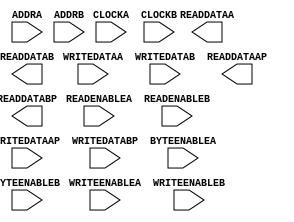
module TDP_BRAM36 (
    (* clkbuf_sink *)
    input CLOCKA,
    (* clkbuf_sink *)
    input CLOCKB,
    input READENABLEA,
    input READENABLEB,
    input [14:0] ADDRA,
    input [14:0] ADDRB,
    input [31:0] WRITEDATAA,
    input [31:0] WRITEDATAB,
    input [3:0] WRITEDATAAP,
    input [3:0] WRITEDATABP,
    input WRITEENABLEA,
    input WRITEENABLEB,
    input [3:0] BYTEENABLEA,
    input [3:0] BYTEENABLEB,
    //input [2:0] WRITEDATAWIDTHA,
    //input [2:0] WRITEDATAWIDTHB,
    //input [2:0] READDATAWIDTHA,
    //input [2:0] READDATAWIDTHB,
    output [31:0] READDATAA,
    output [31:0] READDATAB,
    output [3:0] READDATAAP,
    output [3:0] READDATABP
);
    parameter INITP_00 = 256'h0000000000000000000000000000000000000000000000000000000000000000;
    parameter INITP_01 = 256'h0000000000000000000000000000000000000000000000000000000000000000;
    parameter INITP_02 = 256'h0000000000000000000000000000000000000000000000000000000000000000;
    parameter INITP_03 = 256'h0000000000000000000000000000000000000000000000000000000000000000;
    parameter INITP_04 = 256'h0000000000000000000000000000000000000000000000000000000000000000;
    parameter INITP_05 = 256'h0000000000000000000000000000000000000000000000000000000000000000;
    parameter INITP_06 = 256'h0000000000000000000000000000000000000000000000000000000000000000;
    parameter INITP_07 = 256'h0000000000000000000000000000000000000000000000000000000000000000;
    parameter INITP_08 = 256'h0000000000000000000000000000000000000000000000000000000000000000;
    parameter INITP_09 = 256'h0000000000000000000000000000000000000000000000000000000000000000;
    parameter INITP_0A = 256'h0000000000000000000000000000000000000000000000000000000000000000;
    parameter INITP_0B = 256'h0000000000000000000000000000000000000000000000000000000000000000;
    parameter INITP_0C = 256'h0000000000000000000000000000000000000000000000000000000000000000;
    parameter INITP_0D = 256'h0000000000000000000000000000000000000000000000000000000000000000;
    parameter INITP_0E = 256'h0000000000000000000000000000000000000000000000000000000000000000;
    parameter INITP_0F = 256'h0000000000000000000000000000000000000000000000000000000000000000;
    parameter INIT_00 = 256'h0000000000000000000000000000000000000000000000000000000000000000;
    parameter INIT_01 = 256'h0000000000000000000000000000000000000000000000000000000000000000;
    parameter INIT_02 = 256'h0000000000000000000000000000000000000000000000000000000000000000;
    parameter INIT_03 = 256'h0000000000000000000000000000000000000000000000000000000000000000;
    parameter INIT_04 = 256'h0000000000000000000000000000000000000000000000000000000000000000;
    parameter INIT_05 = 256'h0000000000000000000000000000000000000000000000000000000000000000;
    parameter INIT_06 = 256'h0000000000000000000000000000000000000000000000000000000000000000;
    parameter INIT_07 = 256'h0000000000000000000000000000000000000000000000000000000000000000;
    parameter INIT_08 = 256'h0000000000000000000000000000000000000000000000000000000000000000;
    parameter INIT_09 = 256'h0000000000000000000000000000000000000000000000000000000000000000;
    parameter INIT_0A = 256'h0000000000000000000000000000000000000000000000000000000000000000;
    parameter INIT_0B = 256'h0000000000000000000000000000000000000000000000000000000000000000;
    parameter INIT_0C = 256'h0000000000000000000000000000000000000000000000000000000000000000;
    parameter INIT_0D = 256'h0000000000000000000000000000000000000000000000000000000000000000;
    parameter INIT_0E = 256'h0000000000000000000000000000000000000000000000000000000000000000;
    parameter INIT_0F = 256'h0000000000000000000000000000000000000000000000000000000000000000;
    parameter INIT_10 = 256'h0000000000000000000000000000000000000000000000000000000000000000;
    parameter INIT_11 = 256'h0000000000000000000000000000000000000000000000000000000000000000;
    parameter INIT_12 = 256'h0000000000000000000000000000000000000000000000000000000000000000;
    parameter INIT_13 = 256'h0000000000000000000000000000000000000000000000000000000000000000;
    parameter INIT_14 = 256'h0000000000000000000000000000000000000000000000000000000000000000;
    parameter INIT_15 = 256'h0000000000000000000000000000000000000000000000000000000000000000;
    parameter INIT_16 = 256'h0000000000000000000000000000000000000000000000000000000000000000;
    parameter INIT_17 = 256'h0000000000000000000000000000000000000000000000000000000000000000;
    parameter INIT_18 = 256'h0000000000000000000000000000000000000000000000000000000000000000;
    parameter INIT_19 = 256'h0000000000000000000000000000000000000000000000000000000000000000;
    parameter INIT_1A = 256'h0000000000000000000000000000000000000000000000000000000000000000;
    parameter INIT_1B = 256'h0000000000000000000000000000000000000000000000000000000000000000;
    parameter INIT_1C = 256'h0000000000000000000000000000000000000000000000000000000000000000;
    parameter INIT_1D = 256'h0000000000000000000000000000000000000000000000000000000000000000;
    parameter INIT_1E = 256'h0000000000000000000000000000000000000000000000000000000000000000;
    parameter INIT_1F = 256'h0000000000000000000000000000000000000000000000000000000000000000;
    parameter INIT_20 = 256'h0000000000000000000000000000000000000000000000000000000000000000;
    parameter INIT_21 = 256'h0000000000000000000000000000000000000000000000000000000000000000;
    parameter INIT_22 = 256'h0000000000000000000000000000000000000000000000000000000000000000;
    parameter INIT_23 = 256'h0000000000000000000000000000000000000000000000000000000000000000;
    parameter INIT_24 = 256'h0000000000000000000000000000000000000000000000000000000000000000;
    parameter INIT_25 = 256'h0000000000000000000000000000000000000000000000000000000000000000;
    parameter INIT_26 = 256'h0000000000000000000000000000000000000000000000000000000000000000;
    parameter INIT_27 = 256'h0000000000000000000000000000000000000000000000000000000000000000;
    parameter INIT_28 = 256'h0000000000000000000000000000000000000000000000000000000000000000;
    parameter INIT_29 = 256'h0000000000000000000000000000000000000000000000000000000000000000;
    parameter INIT_2A = 256'h0000000000000000000000000000000000000000000000000000000000000000;
    parameter INIT_2B = 256'h0000000000000000000000000000000000000000000000000000000000000000;
    parameter INIT_2C = 256'h0000000000000000000000000000000000000000000000000000000000000000;
    parameter INIT_2D = 256'h0000000000000000000000000000000000000000000000000000000000000000;
    parameter INIT_2E = 256'h0000000000000000000000000000000000000000000000000000000000000000;
    parameter INIT_2F = 256'h0000000000000000000000000000000000000000000000000000000000000000;
    parameter INIT_30 = 256'h0000000000000000000000000000000000000000000000000000000000000000;
    parameter INIT_31 = 256'h0000000000000000000000000000000000000000000000000000000000000000;
    parameter INIT_32 = 256'h0000000000000000000000000000000000000000000000000000000000000000;
    parameter INIT_33 = 256'h0000000000000000000000000000000000000000000000000000000000000000;
    parameter INIT_34 = 256'h0000000000000000000000000000000000000000000000000000000000000000;
    parameter INIT_35 = 256'h0000000000000000000000000000000000000000000000000000000000000000;
    parameter INIT_36 = 256'h0000000000000000000000000000000000000000000000000000000000000000;
    parameter INIT_37 = 256'h0000000000000000000000000000000000000000000000000000000000000000;
    parameter INIT_38 = 256'h0000000000000000000000000000000000000000000000000000000000000000;
    parameter INIT_39 = 256'h0000000000000000000000000000000000000000000000000000000000000000;
    parameter INIT_3A = 256'h0000000000000000000000000000000000000000000000000000000000000000;
    parameter INIT_3B = 256'h0000000000000000000000000000000000000000000000000000000000000000;
    parameter INIT_3C = 256'h0000000000000000000000000000000000000000000000000000000000000000;
    parameter INIT_3D = 256'h0000000000000000000000000000000000000000000000000000000000000000;
    parameter INIT_3E = 256'h0000000000000000000000000000000000000000000000000000000000000000;
    parameter INIT_3F = 256'h0000000000000000000000000000000000000000000000000000000000000000;
    parameter INIT_40 = 256'h0000000000000000000000000000000000000000000000000000000000000000;
    parameter INIT_41 = 256'h0000000000000000000000000000000000000000000000000000000000000000;
    parameter INIT_42 = 256'h0000000000000000000000000000000000000000000000000000000000000000;
    parameter INIT_43 = 256'h0000000000000000000000000000000000000000000000000000000000000000;
    parameter INIT_44 = 256'h0000000000000000000000000000000000000000000000000000000000000000;
    parameter INIT_45 = 256'h0000000000000000000000000000000000000000000000000000000000000000;
    parameter INIT_46 = 256'h0000000000000000000000000000000000000000000000000000000000000000;
    parameter INIT_47 = 256'h0000000000000000000000000000000000000000000000000000000000000000;
    parameter INIT_48 = 256'h0000000000000000000000000000000000000000000000000000000000000000;
    parameter INIT_49 = 256'h0000000000000000000000000000000000000000000000000000000000000000;
    parameter INIT_4A = 256'h0000000000000000000000000000000000000000000000000000000000000000;
    parameter INIT_4B = 256'h0000000000000000000000000000000000000000000000000000000000000000;
    parameter INIT_4C = 256'h0000000000000000000000000000000000000000000000000000000000000000;
    parameter INIT_4D = 256'h0000000000000000000000000000000000000000000000000000000000000000;
    parameter INIT_4E = 256'h0000000000000000000000000000000000000000000000000000000000000000;
    parameter INIT_4F = 256'h0000000000000000000000000000000000000000000000000000000000000000;
    parameter INIT_50 = 256'h0000000000000000000000000000000000000000000000000000000000000000;
    parameter INIT_51 = 256'h0000000000000000000000000000000000000000000000000000000000000000;
    parameter INIT_52 = 256'h0000000000000000000000000000000000000000000000000000000000000000;
    parameter INIT_53 = 256'h0000000000000000000000000000000000000000000000000000000000000000;
    parameter INIT_54 = 256'h0000000000000000000000000000000000000000000000000000000000000000;
    parameter INIT_55 = 256'h0000000000000000000000000000000000000000000000000000000000000000;
    parameter INIT_56 = 256'h0000000000000000000000000000000000000000000000000000000000000000;
    parameter INIT_57 = 256'h0000000000000000000000000000000000000000000000000000000000000000;
    parameter INIT_58 = 256'h0000000000000000000000000000000000000000000000000000000000000000;
    parameter INIT_59 = 256'h0000000000000000000000000000000000000000000000000000000000000000;
    parameter INIT_5A = 256'h0000000000000000000000000000000000000000000000000000000000000000;
    parameter INIT_5B = 256'h0000000000000000000000000000000000000000000000000000000000000000;
    parameter INIT_5C = 256'h0000000000000000000000000000000000000000000000000000000000000000;
    parameter INIT_5D = 256'h0000000000000000000000000000000000000000000000000000000000000000;
    parameter INIT_5E = 256'h0000000000000000000000000000000000000000000000000000000000000000;
    parameter INIT_5F = 256'h0000000000000000000000000000000000000000000000000000000000000000;
    parameter INIT_60 = 256'h0000000000000000000000000000000000000000000000000000000000000000;
    parameter INIT_61 = 256'h0000000000000000000000000000000000000000000000000000000000000000;
    parameter INIT_62 = 256'h0000000000000000000000000000000000000000000000000000000000000000;
    parameter INIT_63 = 256'h0000000000000000000000000000000000000000000000000000000000000000;
    parameter INIT_64 = 256'h0000000000000000000000000000000000000000000000000000000000000000;
    parameter INIT_65 = 256'h0000000000000000000000000000000000000000000000000000000000000000;
    parameter INIT_66 = 256'h0000000000000000000000000000000000000000000000000000000000000000;
    parameter INIT_67 = 256'h0000000000000000000000000000000000000000000000000000000000000000;
    parameter INIT_68 = 256'h0000000000000000000000000000000000000000000000000000000000000000;
    parameter INIT_69 = 256'h0000000000000000000000000000000000000000000000000000000000000000;
    parameter INIT_6A = 256'h0000000000000000000000000000000000000000000000000000000000000000;
    parameter INIT_6B = 256'h0000000000000000000000000000000000000000000000000000000000000000;
    parameter INIT_6C = 256'h0000000000000000000000000000000000000000000000000000000000000000;
    parameter INIT_6D = 256'h0000000000000000000000000000000000000000000000000000000000000000;
    parameter INIT_6E = 256'h0000000000000000000000000000000000000000000000000000000000000000;
    parameter INIT_6F = 256'h0000000000000000000000000000000000000000000000000000000000000000;
    parameter INIT_70 = 256'h0000000000000000000000000000000000000000000000000000000000000000;
    parameter INIT_71 = 256'h0000000000000000000000000000000000000000000000000000000000000000;
    parameter INIT_72 = 256'h0000000000000000000000000000000000000000000000000000000000000000;
    parameter INIT_73 = 256'h0000000000000000000000000000000000000000000000000000000000000000;
    parameter INIT_74 = 256'h0000000000000000000000000000000000000000000000000000000000000000;
    parameter INIT_75 = 256'h0000000000000000000000000000000000000000000000000000000000000000;
    parameter INIT_76 = 256'h0000000000000000000000000000000000000000000000000000000000000000;
    parameter INIT_77 = 256'h0000000000000000000000000000000000000000000000000000000000000000;
    parameter INIT_78 = 256'h0000000000000000000000000000000000000000000000000000000000000000;
    parameter INIT_79 = 256'h0000000000000000000000000000000000000000000000000000000000000000;
    parameter INIT_7A = 256'h0000000000000000000000000000000000000000000000000000000000000000;
    parameter INIT_7B = 256'h0000000000000000000000000000000000000000000000000000000000000000;
    parameter INIT_7C = 256'h0000000000000000000000000000000000000000000000000000000000000000;
    parameter INIT_7D = 256'h0000000000000000000000000000000000000000000000000000000000000000;
    parameter INIT_7E = 256'h0000000000000000000000000000000000000000000000000000000000000000;
    parameter INIT_7F = 256'h0000000000000000000000000000000000000000000000000000000000000000;
    parameter integer READ_WIDTH_A = 0;
    parameter integer READ_WIDTH_B = 0;
    parameter integer WRITE_WIDTH_A = 0;
    parameter integer WRITE_WIDTH_B = 0;
endmodule